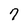
Character: 7